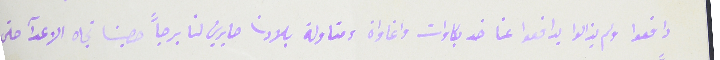
دافعوا ولم يزلوا يدافعوا عنا ضد بكاوات واغاواة ومتاولة بلادنا صارين لنا برجاً حصينا تجاه الاعدآ حتى